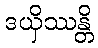
ဒယှိဿန္တိ